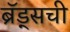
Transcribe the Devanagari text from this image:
ब्रॅड्सची